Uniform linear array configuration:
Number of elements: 12
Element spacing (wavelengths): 0.5
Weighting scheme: kaiser
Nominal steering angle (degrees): -30
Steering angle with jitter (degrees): -28.982
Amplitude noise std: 0.05
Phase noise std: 0.05

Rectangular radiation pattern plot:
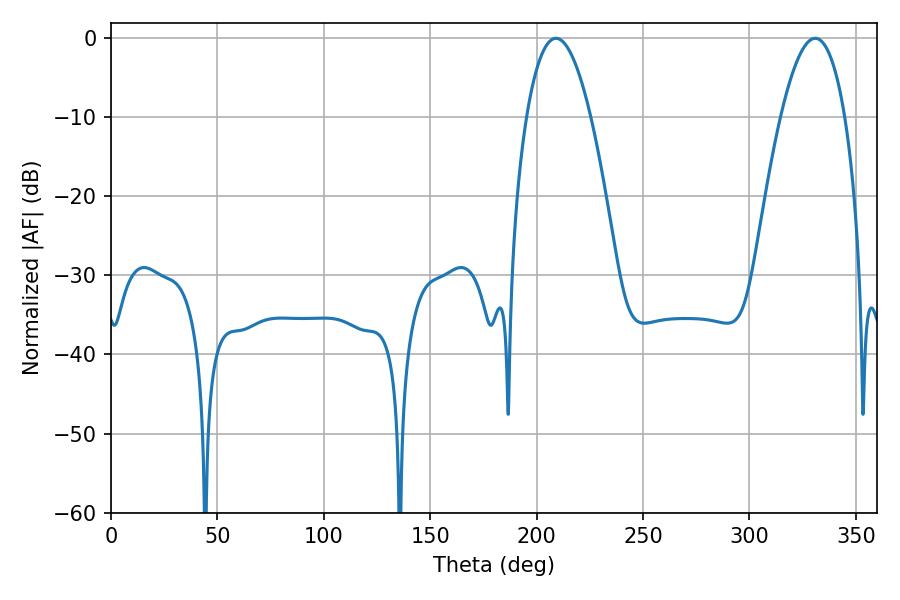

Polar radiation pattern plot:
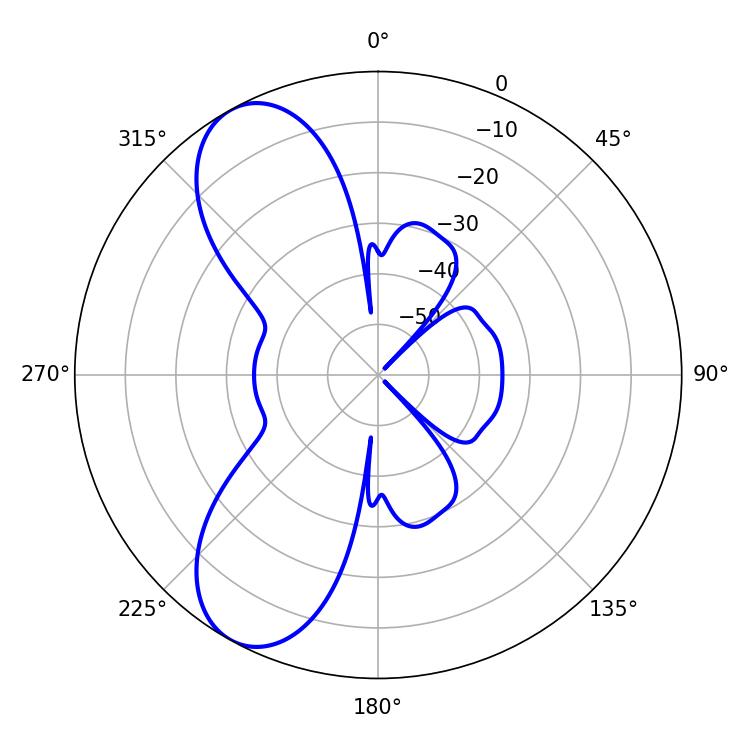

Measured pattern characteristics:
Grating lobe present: FALSE
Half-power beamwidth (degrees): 16.74
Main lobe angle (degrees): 209.16